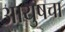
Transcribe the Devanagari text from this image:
आयुषचा